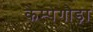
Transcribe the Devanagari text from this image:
केम्पेगौड़ा